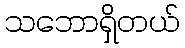
သဘောရှိတယ်